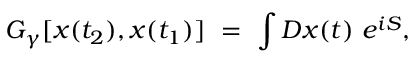
G _ { \gamma } [ x ( t _ { 2 } ) , x ( t _ { 1 } ) ] ~ = ~ \int { \cal D } x ( t ) \, \, e ^ { i S } ,